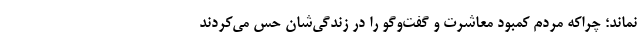
نماند؛ چراکه مردم کمبود معاشرت و گفت‌وگو را در زندگی‌شان حس می‌کردند